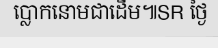
ប្លោកនោមជាដើម៕SR ថ្ងៃ